Lunatic asylums Madras 1892-1911 - 1892-1911
Year: 1892
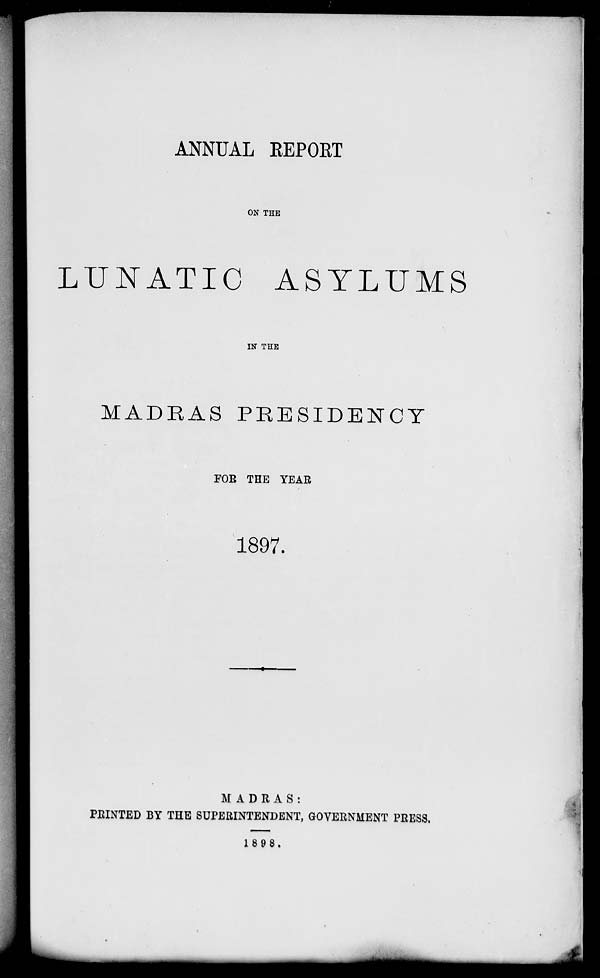
ANNUAL REPORT
ON THE
LUNATIC ASYLUMS
IN" THE
MADRAS PRESIDENCY
FOE THE TEAE
1897.
MADRAS:
PRINTED BY THE SUPERINTENDENT, GOVERNMENT PRESS.
1898.